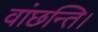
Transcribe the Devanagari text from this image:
वांछन्ति।